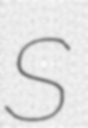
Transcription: S